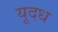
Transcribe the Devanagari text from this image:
यूदध